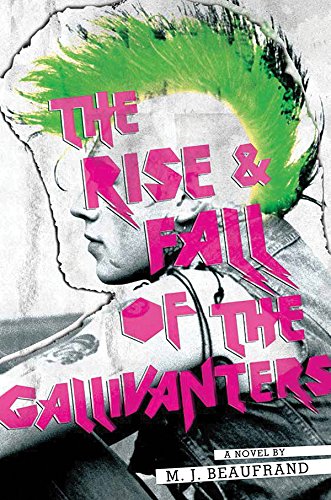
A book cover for The Rise and Fall of the Gallivanters; M. J. Beaufrand; Teen & Young Adult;